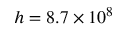
h = 8 . 7 \times 1 0 ^ { 8 }